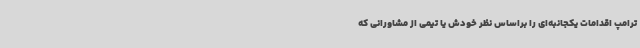
ترامپ اقدامات یکجانبه‌ای را براساس نظر خودش یا تیمی از مشاورانی که